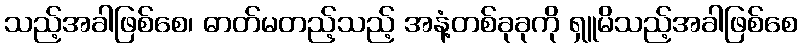
သည့်အခါဖြစ်စေ၊ ဓာတ်မတည့်သည့် အနံ့တစ်ခုခုကို ရှူမိသည့်အခါဖြစ်စေ